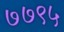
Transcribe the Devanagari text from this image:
७७९५